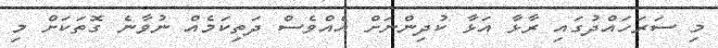
މި ސަރަހައްދުގައި ރާޅާ އަޅާ ކުދިންނަށް އެއްވެސް ދަތިކަމެއް ނުވާނެ ގޮތަކަށް މި